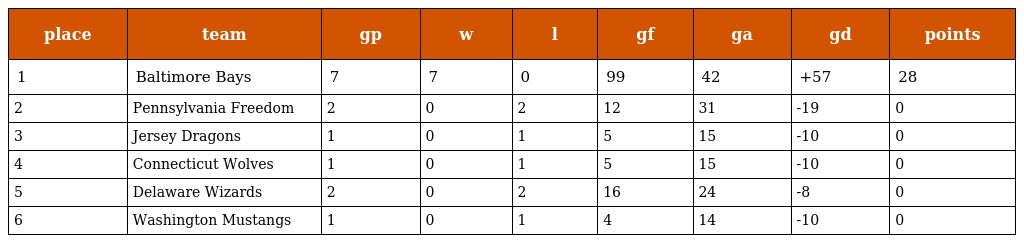
| place | team | gp | w | l | gf | ga | gd | points |
 | --- | --- | --- | --- | --- | --- | --- | --- | --- |
 | 1 | Baltimore Bays | 7 | 7 | 0 | 99 | 42 | +57 | 28 |
 | 2 | Pennsylvania Freedom | 2 | 0 | 2 | 12 | 31 | -19 | 0 |
 | 3 | Jersey Dragons | 1 | 0 | 1 | 5 | 15 | -10 | 0 |
 | 4 | Connecticut Wolves | 1 | 0 | 1 | 5 | 15 | -10 | 0 |
 | 5 | Delaware Wizards | 2 | 0 | 2 | 16 | 24 | -8 | 0 |
 | 6 | Washington Mustangs | 1 | 0 | 1 | 4 | 14 | -10 | 0 |